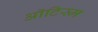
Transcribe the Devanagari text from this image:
ऑटिस्म